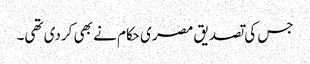
جس کی تصدیق مصر ی حکام نے بھی کردی تھی۔